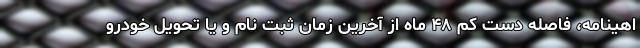
اهینامه، فاصله دست کم ۴۸ ماه از آخرین زمان ثبت نام و یا تحویل خودرو